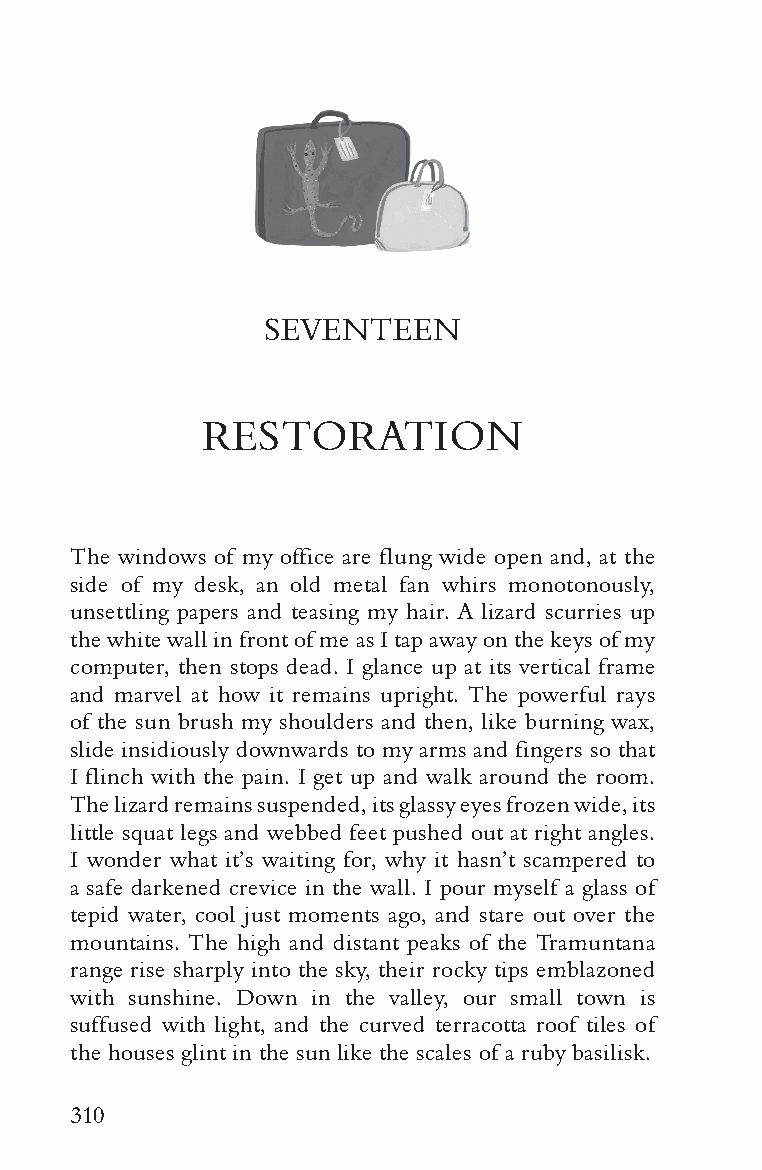
SEVENTEEN
 RESTORATION
 The windows of my office are flung wide open and, at the
 side of my desk, an old metal fan whirs monotonously,
 unsettling papers and teasing my hair. A lizard scurries up
 the white wall in front of me as I tap away on the keys of my
 computer, then stops dead. I glance up at its vertical frame
 and marvel at how it remains upright. The powerful rays
 of the sun brush my shoulders and then, like burning wax,
 slide insidiously downwards to my arms and fingers so that
 I flinch with the pain. I get up and walk around the room.
 The lizard remains suspended, its glassy eyes frozen wide, its
 little squat legs and webbed feet pushed out at right angles.
 I wonder what it’s waiting for, why it hasn’t scampered to
 a safe darkened crevice in the wall. I pour myself a glass of
 tepid water, cool just moments ago, and stare out over the
 mountains. The high and distant peaks of the Tramuntana
 range rise sharply into the sky, their rocky tips emblazoned
 with sunshine. Down in the valley, our small town is
 suffused with light, and the curved terracotta roof tiles of
 the houses glint in the sun like the scales of a ruby basilisk.
 310